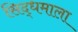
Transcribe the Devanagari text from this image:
सिद्धमाला